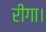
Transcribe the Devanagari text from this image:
रीगा।